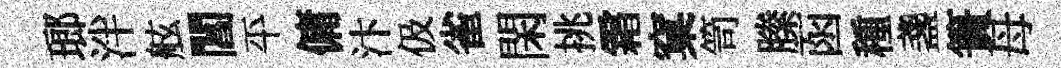
瑯泮舷閶平傭汴伋雀閑挑霜窠笥縢函種盞簣母